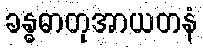
ခန္ဓဓာတုအာယတနံ